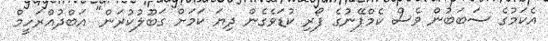
އެކަމުގެ ސަބަބުން ވެސް ކެމްޕޭނުގެ ފޯރި ކުޑަވެގެން ދިޔަ ކަމަށް ގަބޫލުކުރަން" އަބްދުއްރަހީމް